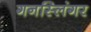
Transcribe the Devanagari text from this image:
गनस्लिंगर